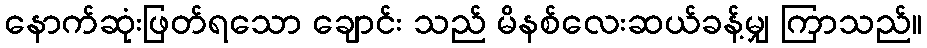
နောက်ဆုံးဖြတ်ရသော ချောင်း သည် မိနစ်လေးဆယ်ခန့်မျှ ကြာသည်။